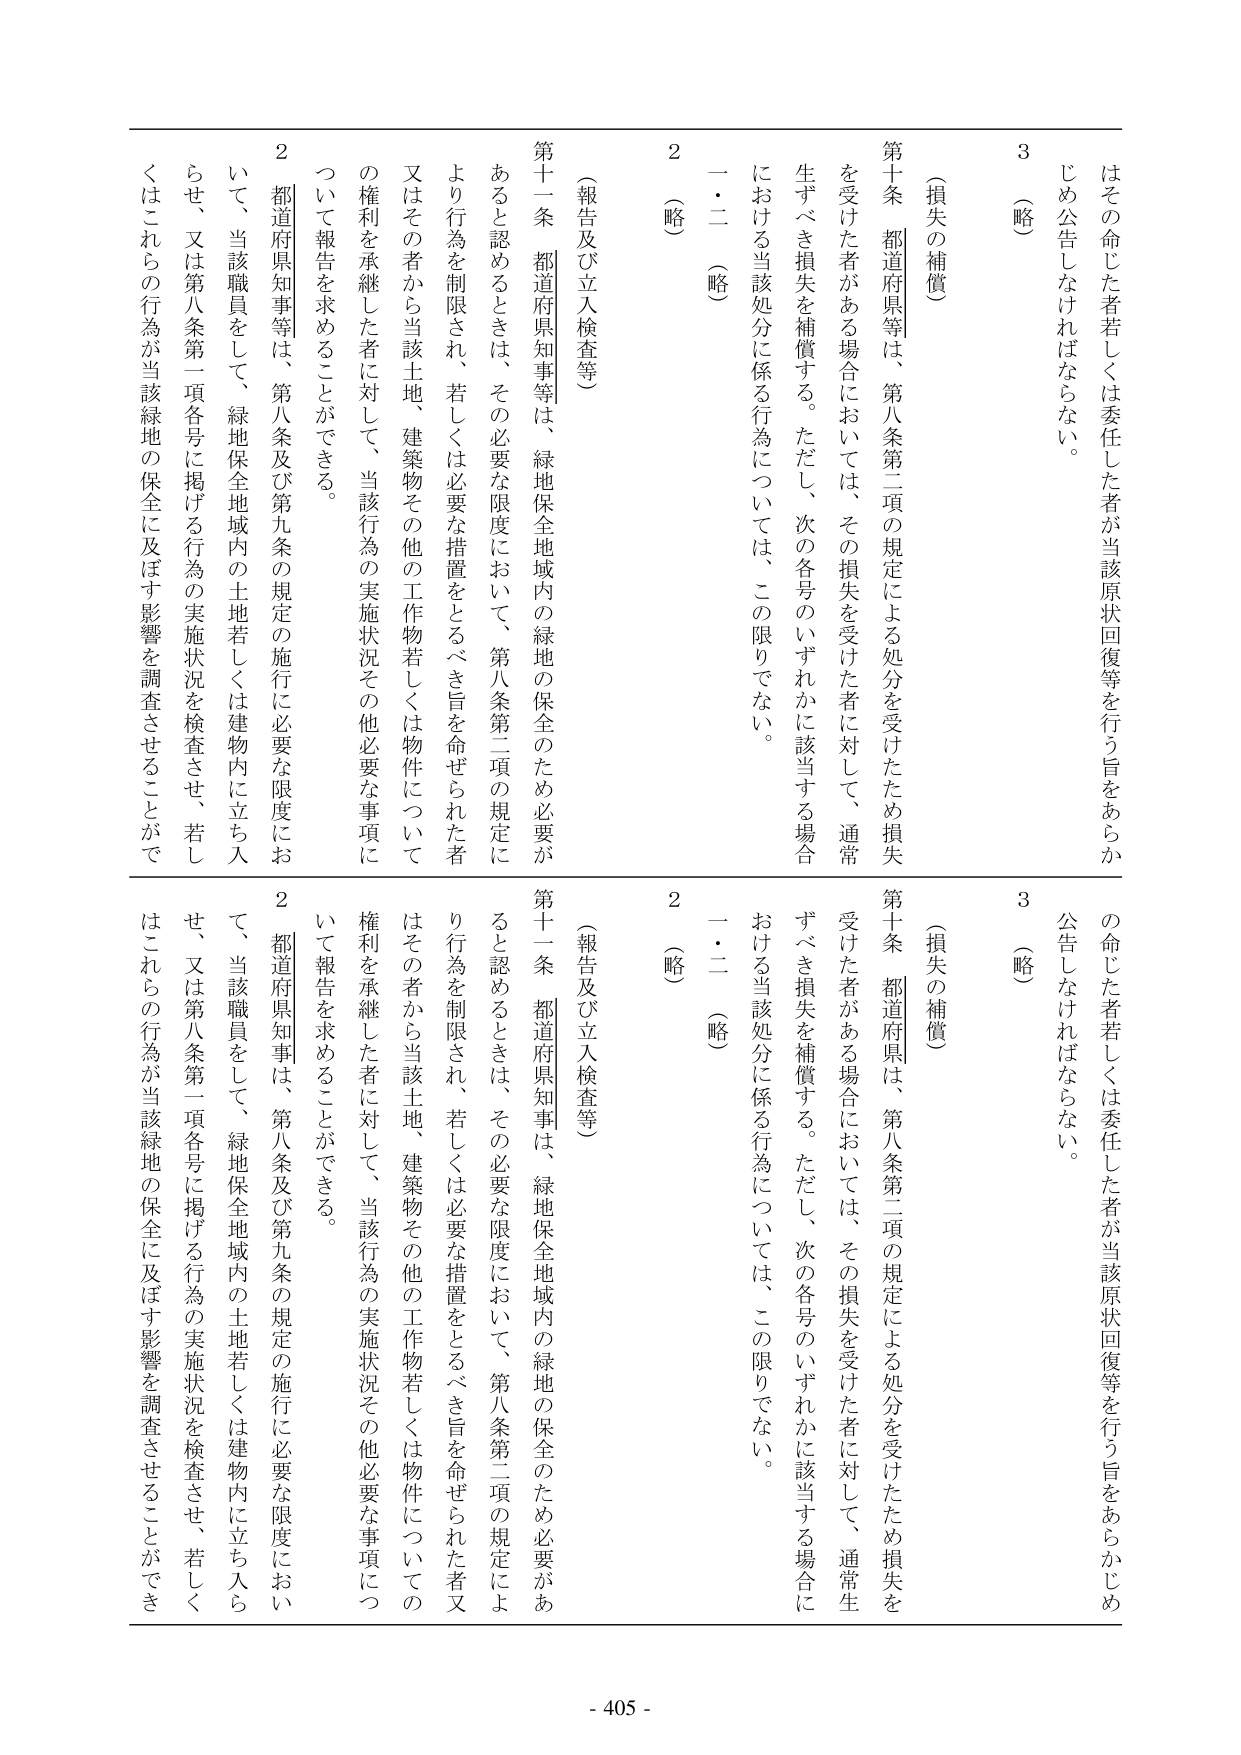
はその命じた者若しくは委任した者が当該原状回復等を行う旨をあらかじめ公告しなければならない。

3（略）

（損失の補償）

第十条 都道府県等は、第八条第二項の規定による処分を受けたため損失を受けた者がある場合においては、その損失を受けた者に対して、通常生ずべき損失を補償する。ただし、次の各号のいずれかに該当する場合における当該処分に係る行為については、この限りでない。

一・二（略）

2（略）

（報告及び立入検査等）

第十一条 都道府県知事等は、緑地保全地域内の緑地の保全のため必要があると認めるときは、その必要な限度において、第八条第二項の規定により行為を制限され、若しくは必要な措置をとるべき旨を命ぜられた者又はその者から当該土地、建築物その他の工作物若しくは物件についての権利を承継した者に対して、当該行為の実施状況その他必要な事項について報告を求めることができる。

2 都道府県知事等は、第八条及び第九条の規定の施行に必要な限度において、当該職員をして、緑地保全地域内の土地若しくは建物内に立ち入らせて、又は第八条第一項各号に掲げる行為の実施状況を検査させ、若しくはこれらの行為が当該緑地の保全に及ぼす影響を調査させることができる。

- 405 -

はその命じた者若しくは委任した者が当該原状回復等を行う旨をあらかじめ公告しなければならない。

3（略）

（損失の補償）

第十条 都道府県は、第八条第二項の規定による処分を受けたため損失を受けた者がある場合においては、その損失を受けた者に対して、通常生ずべき損失を補償する。ただし、次の各号のいずれかに該当する場合における当該処分に係る行為については、この限りでない。

一・二（略）

2（略）

（報告及び立入検査等）

第十一条 都道府県知事は、緑地保全地域内の緑地の保全のため必要があると認めるときは、その必要な限度において、第八条第二項の規定により行為を制限され、若しくは必要な措置をとるべき旨を命ぜられた者又はその者から当該土地、建築物その他の工作物若しくは物件についての権利を承継した者に対して、当該行為の実施状況その他必要な事項について報告を求めることができる。

2 都道府県知事は、第八条及び第九条の規定の施行に必要な限度において、当該職員をして、緑地保全地域内の土地若しくは建物内に立ち入らせて、又は第八条第一項各号に掲げる行為の実施状況を検査させ、若しくはこれらの行為が当該緑地の保全に及ぼす影響を調査させることができる。